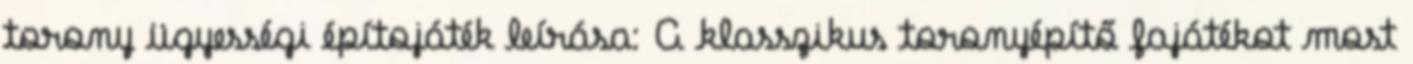
torony ügyességi építojáték leírása: A klasszikus toronyépítő fajátékot most